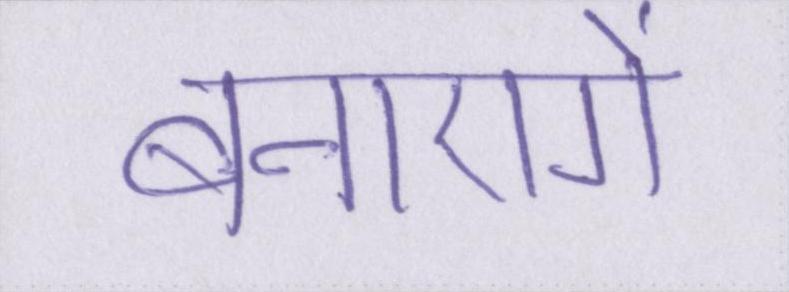
बनाएगें